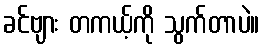
ခင်ဗျား တကယ့်ကို သွက်တာပဲ။